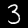
Digit: 3